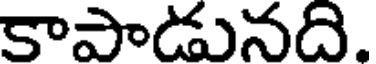
కాపాడునది.